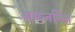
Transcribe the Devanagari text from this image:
समजनित